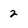
Character: 2